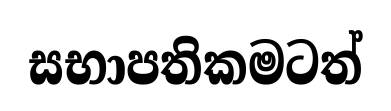
සභාපතිකමටත්